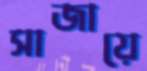
সাজায়ে